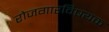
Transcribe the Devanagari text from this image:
रोजगारविषयक